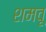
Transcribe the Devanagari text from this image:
शमवू